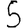
Digit: 5